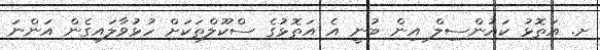
ށ. އަތޮޅު ކައުންސިލް އިން ބުނީ އެ އަތޮޅުގެ ސްކޫލްތަކަށް ހުޅުވާލައިގެން އަންނަަ